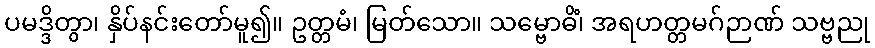
ပမဒ္ဒိတွာ၊ နှိပ်နင်းတော်မူ၍။ ဥတ္တမံ၊ မြတ်သော။ သမ္ဗောဓိံ၊ အရဟတ္တမဂ်ဉာဏ် သဗ္ဗညု